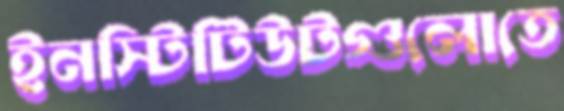
ইনস্টিটিউটগুলোতে